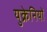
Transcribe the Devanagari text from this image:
युक्रेनियों